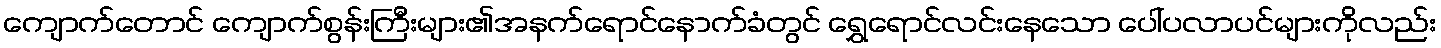
ကျောက်တောင် ကျောက်စွန်းကြီးများ၏အနက်ရောင်နောက်ခံတွင် ရွှေရောင်လင်းနေသော ပေါ်ပလာပင်များကိုလည်း